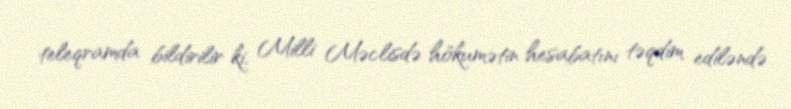
teleqramda bildirilir ki, Milli Məclisdə hökumətin hesabatını təqdim ediləndə